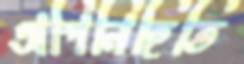
অপিনিহিতি